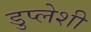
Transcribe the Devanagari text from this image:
डुप्लेशी